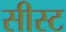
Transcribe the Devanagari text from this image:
सीस्ट